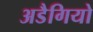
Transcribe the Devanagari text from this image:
अडैगियो